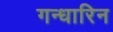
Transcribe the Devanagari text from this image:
गन्धारिन